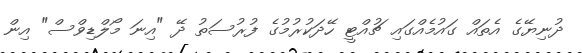
ދުނިޔޭގެ އެތައް ގައުމެއްގައި ޗުއްޓީ ހޭދަކުރުމުގެ ފުރުސަތު ދޭ "އިނަ މޯލްޑިވްސް" އިން